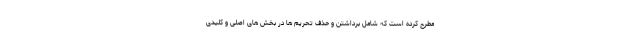
مطرح کرده است که شامل برداشتن و حذف تحریم ها در بخش های اصلی و کلیدی